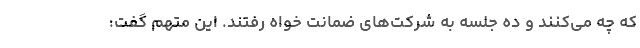
که چه می‌کنند و ده جلسه به شرکت‌های ضمانت خواه رفتند. این متهم گفت: